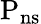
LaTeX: \mathrm{{{P_{ns}}}}